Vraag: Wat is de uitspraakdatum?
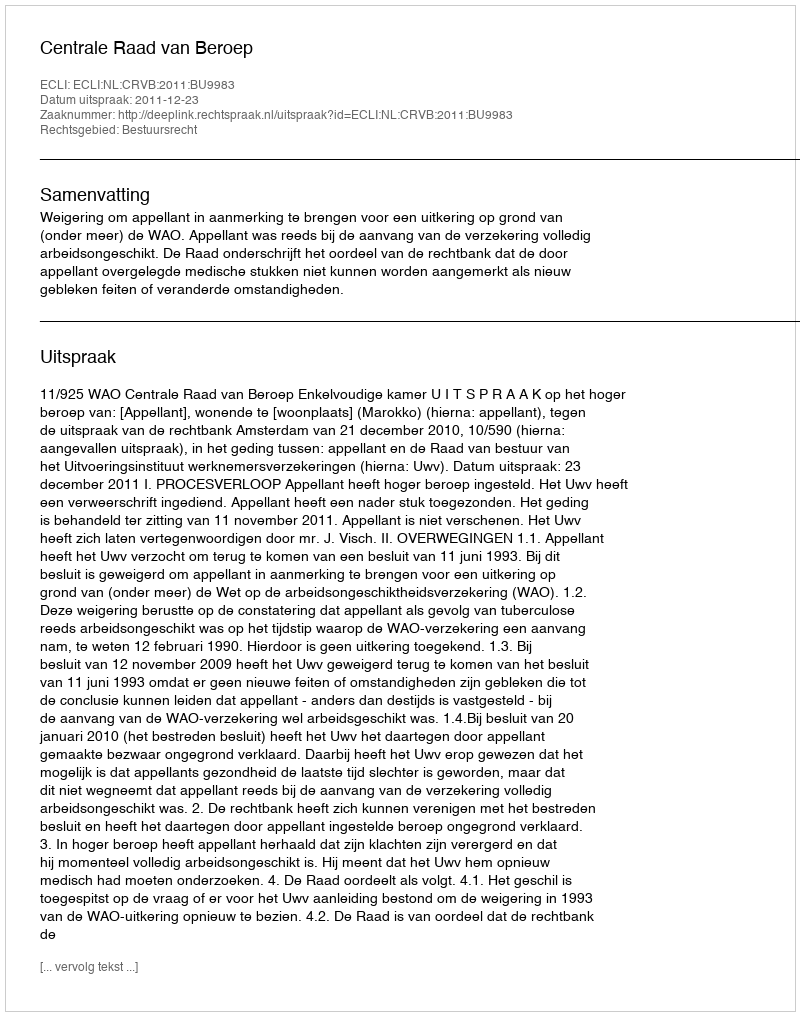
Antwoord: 2011-12-23